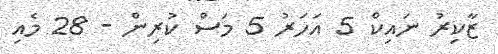
ޒާކިރު ނައިކް 5 އަހަރު 5 މަސް ކުރިން - 28 މެއި